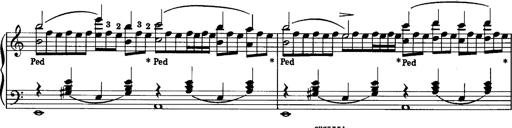
Title: La romanesca
Composer: Franz Liszt